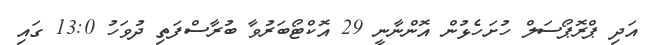
އަދި ޕްރޮޕޯސަލް ހުށަހެޅުން އޮންނާނީ 29 އޮކްޓޯބަރުވާ ބުރާސްފަތި ދުވަހު 13:0 ގައި